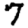
Digit: 7